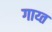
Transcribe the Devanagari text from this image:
गाय्त